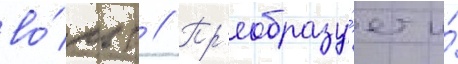
во́льт // Пр'еобразу́ет и́